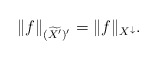
\begin{align*} \|f\|_{(\widetilde{X^{\prime}})^{\prime}} = \|f\|_{X^{\downarrow}}.\end{align*}